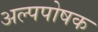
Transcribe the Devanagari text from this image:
अल्पपोषक